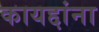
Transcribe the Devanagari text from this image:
कायद्दांना